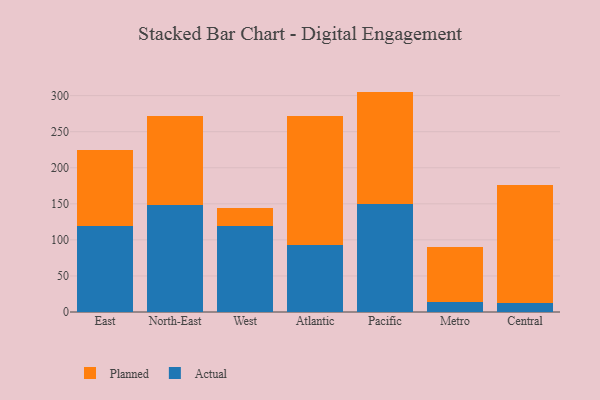
{"axis": {"x": "Region", "y": "Tickets Resolved"}, "legend": ["Actual", "Planned"], "data": [{"x": "East", "y": 119.0, "type": "Actual"}, {"x": "East", "y": 105.2, "type": "Planned"}, {"x": "North-East", "y": 149.0, "type": "Actual"}, {"x": "North-East", "y": 122.9, "type": "Planned"}, {"x": "West", "y": 118.6, "type": "Actual"}, {"x": "West", "y": 26.1, "type": "Planned"}, {"x": "Atlantic", "y": 93.3, "type": "Actual"}, {"x": "Atlantic", "y": 178.2, "type": "Planned"}, {"x": "Pacific", "y": 150.3, "type": "Actual"}, {"x": "Pacific", "y": 155.3, "type": "Planned"}, {"x": "Metro", "y": 13.4, "type": "Actual"}, {"x": "Metro", "y": 76.6, "type": "Planned"}, {"x": "Central", "y": 12.0, "type": "Actual"}, {"x": "Central", "y": 164.1, "type": "Planned"}]}